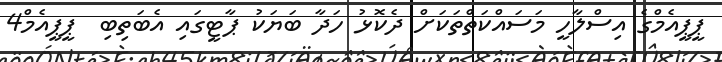
ޕީޕީއެމްގެ އިސްލާހީ މަސައްކަތްތަކަށް ދެކޮޅު ހަދާ ބަޔަކު ޕާޓީގައި އެބަތިބި  ޕީޕީއެމް4